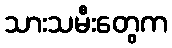
သားသမီးတွေက